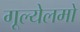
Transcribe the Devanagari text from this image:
गूल्येलमो